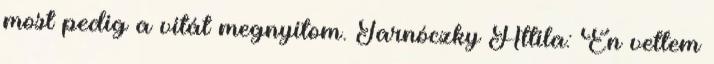
most pedig a vitát megnyitom. Tarnóczky Attila: Én vettem